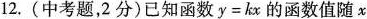
12.(中考题，2分)已知函数$ $y=kx$ $的函数值随x